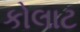
કોલાટ